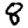
Digit: 8